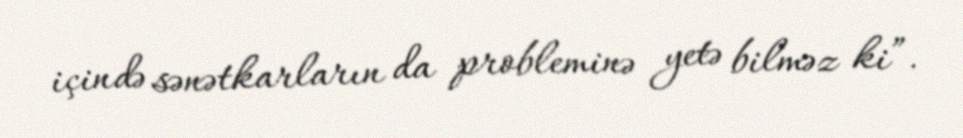
içində sənətkarların da probleminə yetə bilməz ki”.